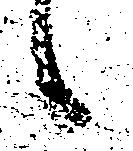
候